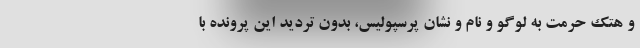
و هتک حرمت به لوگو و نام و نشان پرسپولیس، بدون تردید این پرونده با